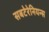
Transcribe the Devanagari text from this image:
सबटेरेनियन्स